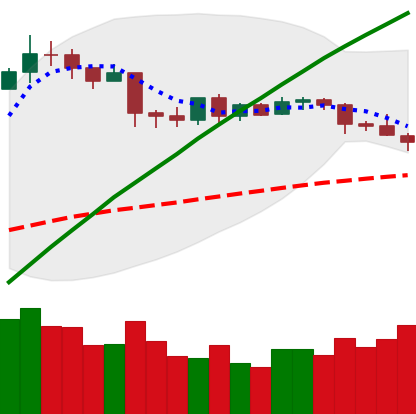
Ticker: LTC-USD
Chart end date: 2019-04-24
Forward return: -7.296%
Label: down_7plus